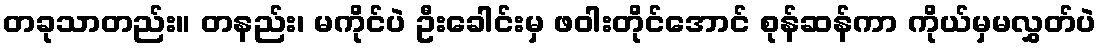
တခုသာတည်း။ တနည်း၊ မကိုင်ပဲ ဦးခေါင်းမှ ဖဝါးတိုင်အောင် စုန်ဆန်ကာ ကိုယ်မှမလွှတ်ပဲ